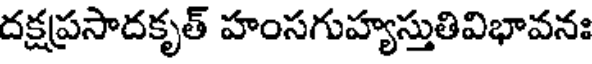
దక్షప్రసాదకృత్ హంసగుహ్యస్తుతివిభావనః